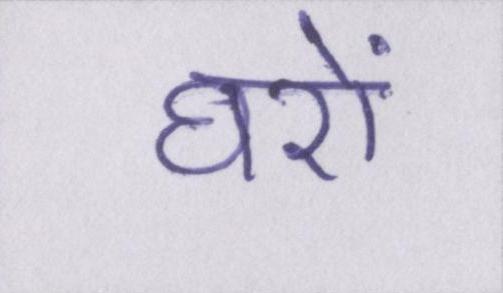
घरों